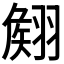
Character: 𮋊